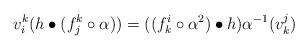
LaTeX: \begin{align*}v^k_i(h\bullet (f^k_j\circ\alpha))=((f^{i}_k\circ\alpha^{2})\bullet h)\alpha^{-1}(v^j_k)\end{align*}